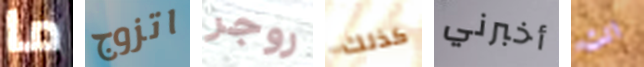
ما اتزوج روجر كذلك أخبرني انت